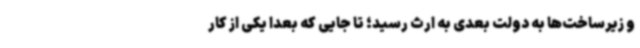
و زیرساخت‌ها به دولت بعدی به ارث رسید؛ تا جایی که بعدا یکی از کار